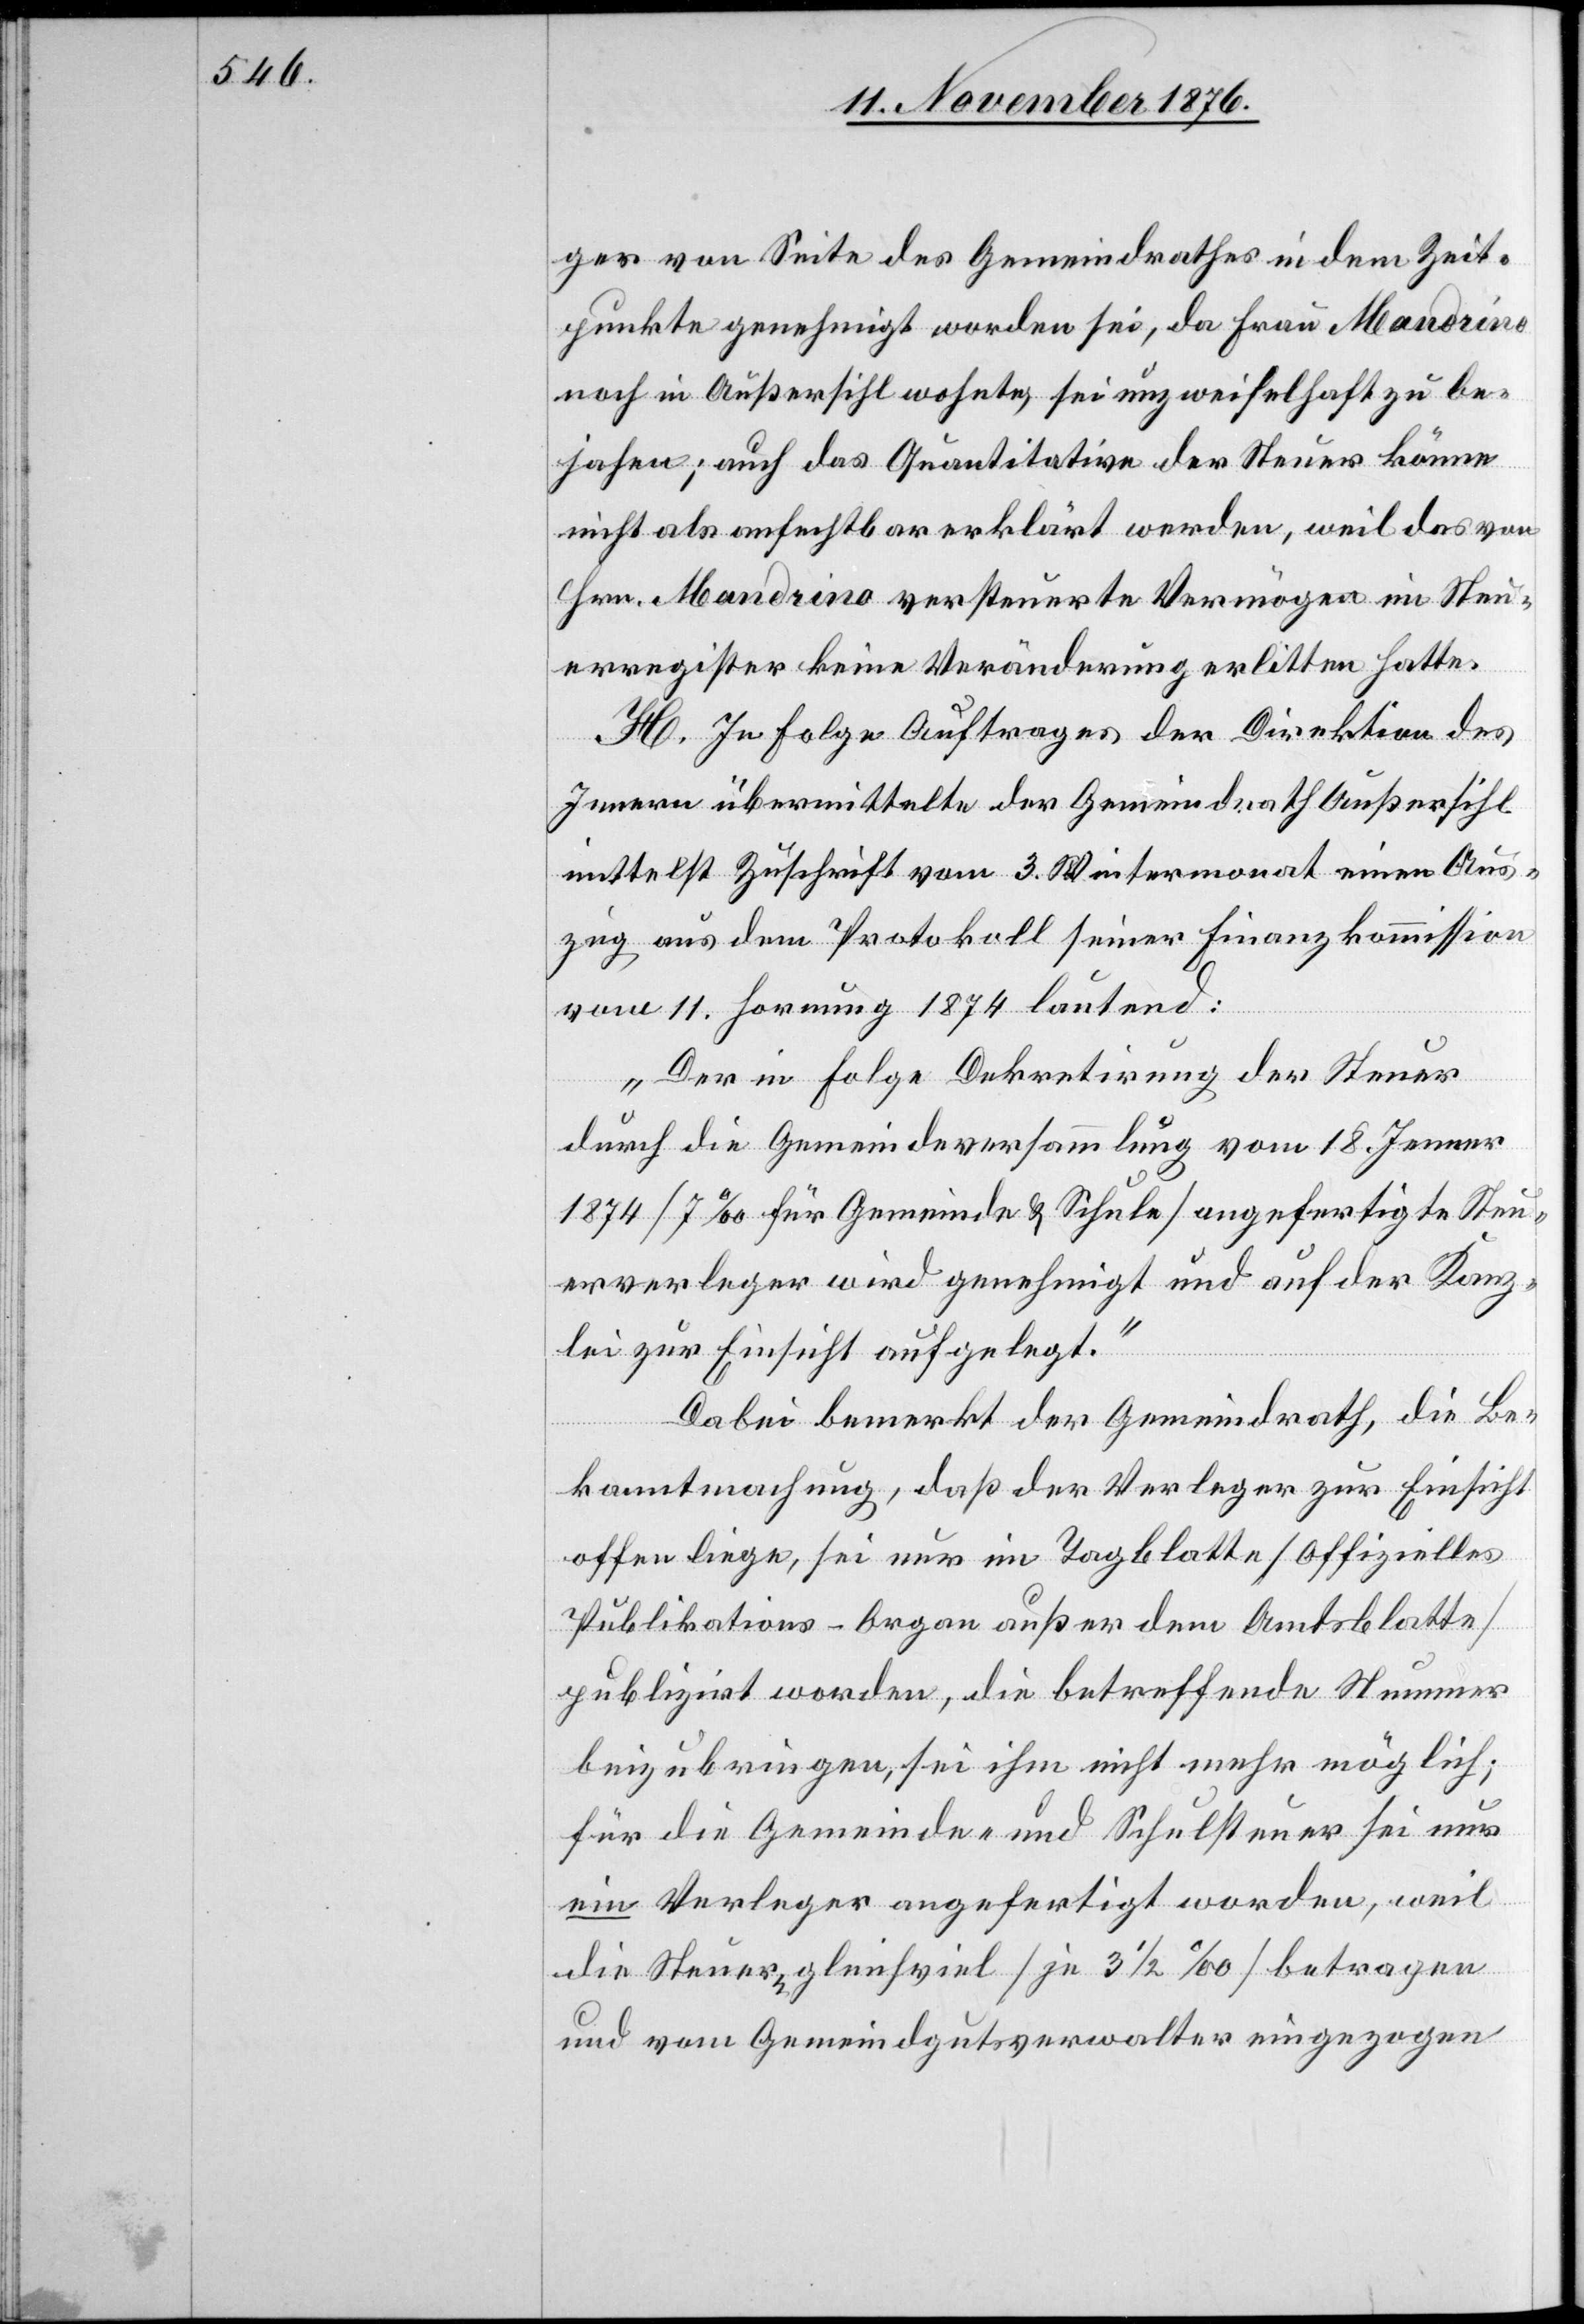
ger von Seite des Gemeindrathes in dem Zeit¬
punkte genehmigt worden sei, da Frau Mandrino
noch in Außersihl wohnte, sei unzweifelhaft zu be¬
jahen; auch das Quantitative der Steuer könne
nicht als anfechtbar erklärt werden, weil das von
Hrn. Mandrino versteuerte Vermögen im Steu¬
erregister keine Veränderung erlitten hatte.
H. In Folge Auftrages der Direktion des
Innern übermittelte der Gemeindrath Außersihl
mittelst Zuschrift vom 3. Wintermonat einen Aus¬
zug aus dem Protokoll seiner Finanzkommission
vom 11. Hornung 1874 lautend:
„Der in Folge Dekretirung der Steuer
durch die Gemeindeversammlung vom 18. Jenner
1874 [7‰ für Gemeinde & Schule] angefertigte Steu¬
erverleger wird genehmigt und auf der Kanz¬
lei zur Einsicht aufgelegt.“
Dabei bemerkt der Gemeindrath, die Be¬
kanntmachung, daß der Verleger zur Einsicht
offen liege, sei nur im Tagblatte [offizielles
Publikations-Organ außer dem Amtsblatte]
publizirt worden, die betreffende Steuer
beizubringen, sei ihm nicht mehr möglich;
für die Gemeinde- und Schulsteuer sei nur
ein Verleger angefertigt worden, weil
die Steuer gleichviel [je 3 1/2‰] betragen
und vom Gemeindgutsverwalter eingezogen